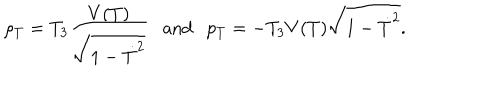
LaTeX: \rho _ { T } = T _ { 3 } \frac { V ( T ) } { \sqrt { 1 - \dot { T } ^ { 2 } } } \mathrm { a n d } p _ { T } = - T _ { 3 } V ( T ) \sqrt { 1 - \dot { T } ^ { 2 } } .